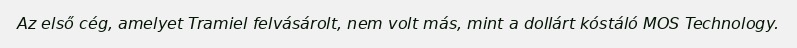
Az első cég, amelyet Tramiel felvásárolt, nem volt más, mint a dollárt kóstáló MOS Technology.